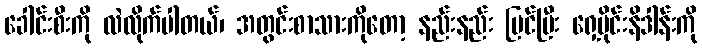
ခေါင်းစီးကို လဲလိုက်ပါတယ်၊ အတွင်းစာသားကိုတော့ နည်းနည်း ပြင်ပြီး ရှေ့ပိုင်းနိဒါန်းကို